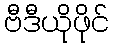
ဗီဒီယိုဖိုင်